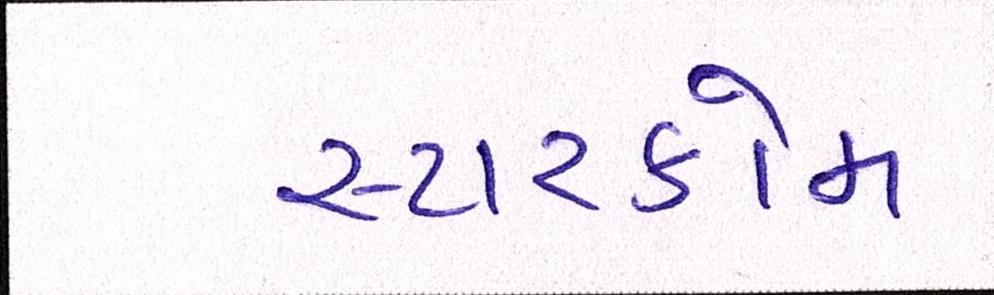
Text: સ્ટારકોમ